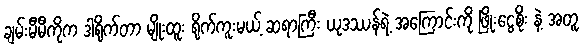
ချမ်းမီမီကိုက ဒါရိုက်တာ မျိုးထူး ရိုက်ကူးမယ့် ဆရာကြီး ယုဒဿန်ရဲ့ အကြောင်းကို ဖြိုးငွေစိုး နဲ့ အတူ